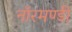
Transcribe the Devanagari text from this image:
नॉरमण्डी